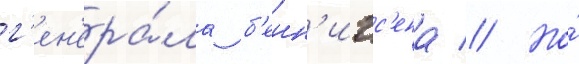
г'ен'ера́ла б'енн'игс'ена // Но́